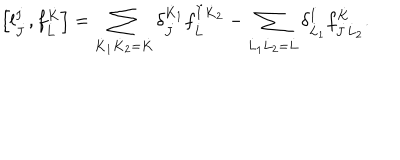
\left[ l _ { \dot { J } } ^ { \dot { I } } , f _ { \dot { L } } ^ { \dot { K } } \right] = \sum _ { \dot { K } _ { 1 } \dot { K } _ { 2 } = \dot { K } } \delta _ { \dot { J } } ^ { \dot { K } _ { 1 } } f _ { \dot { L } } ^ { \dot { I } \dot { K } _ { 2 } } - \sum _ { \dot { L } _ { 1 } \dot { L } _ { 2 } = \dot { L } } \delta _ { \dot { L } _ { 1 } } ^ { \dot { I } } f _ { \dot { J } \dot { L } _ { 2 } } ^ { \dot { K } } .